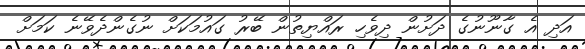
އަދި އެ ގާނޫނުގެ ދަށުން ދިވެހި ރައްޔިތުން ބޭރު ގައުމަކަށް ނުގެންދެވޭނެ ކަމަށް